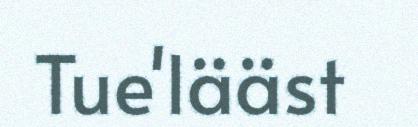
Tue'lääst